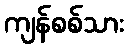
ကျန်စစ်သား